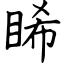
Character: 睎